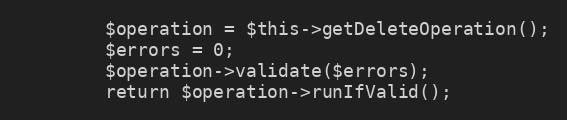
Language: PHP
		$operation = $this->getDeleteOperation();
		$errors = 0;
		$operation->validate($errors);
		return $operation->runIfValid();